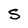
Character: S